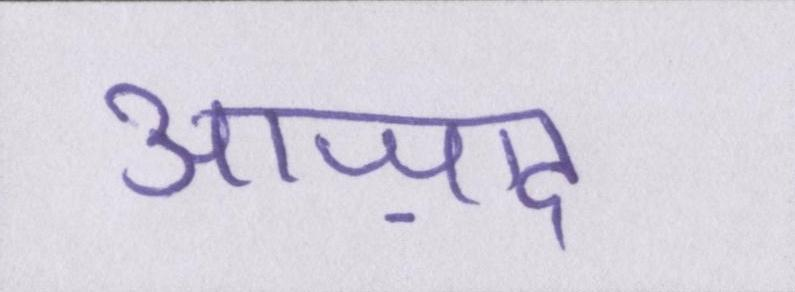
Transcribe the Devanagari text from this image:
आज़ाद